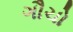
ગૌચો